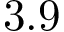
3 . 9